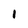
Character: 1